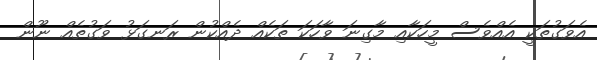
އެވަގުތަކީ އެއްވެސް މީހަކާއި މާގިނަ ވާހަކަ ތަކެއް ދެއްކުން ރަނގަޅު ވަގުތެއް ނޫން